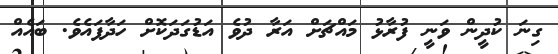
ގިނަ ކުދީން ވަނީ ފުރާޅު މައްޗަށް އަރާ ދުވެ އަޑުގަދަކޮށް ހަދާފައެވެ. ބައެއް